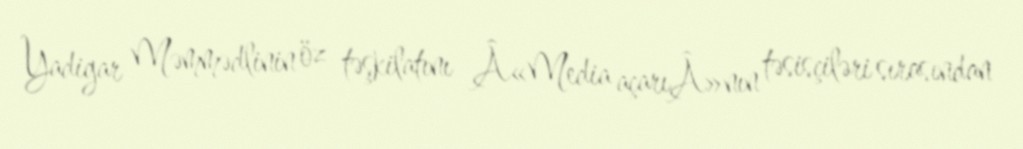
Yadigar Məmmədlinin öz təşkilatını Â«Media açarıÂ»nın təsisçiləri sırasından